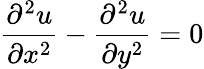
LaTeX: {\frac{\partial^{2}u}{\partial x^{2}}}-{\frac{\partial^{2}u}{\partial y^{2}}}=0